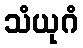
သံယုဂံ